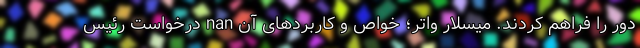
دور را فراهم کردند. میسلار واتر؛ خواص و کاربردهای آن nan درخواست رئیس